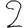
Digit: 2